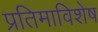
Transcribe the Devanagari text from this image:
प्रतिमाविशेष